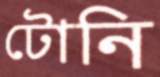
টোনি